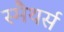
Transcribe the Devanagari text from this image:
स्मैथर्स